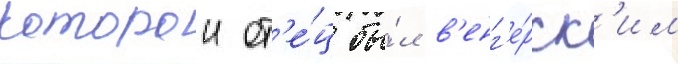
которои от'е́ц бы́л в'енг'е́рск'им